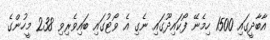
އާބާދީގައި 1500 ހިމެނޭ ފޯކައިދޫގައި ނެގި އެ ވޯޓުގައި ބައިވެރިވި 238 މީހުންގެ